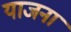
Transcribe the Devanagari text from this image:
याजना